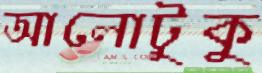
আলোটুকু